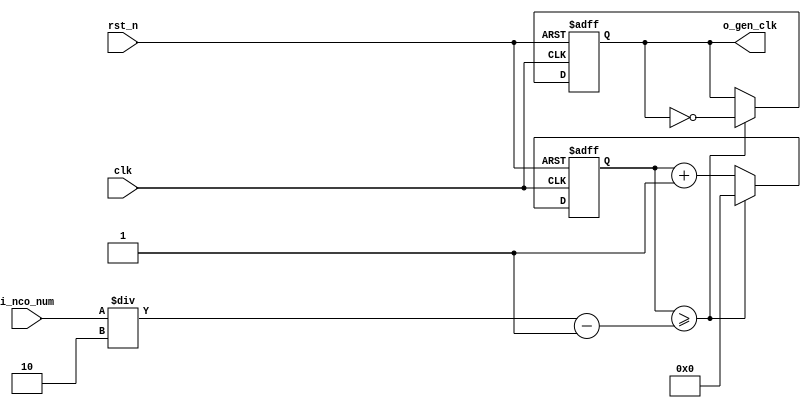
//	==================================================
//	Copyright (c) 2019 Sookmyung Women's University.
//	--------------------------------------------------
//	DEPARTMENT		: EE
//	--------------------------------------------------
//	RELEASE HISTORY
//	--------------------------------------------------
//	VERSION			DATE
//	0.0			2019-11-09
//	--------------------------------------------------
//	PURPOSE			: Digital Clock
//	==================================================

//	--------------------------------------------------
//	Numerical Controlled Oscillator
//	Hz of o_gen_clk = Clock Hz / num
//	--------------------------------------------------
module	nco(	
		o_gen_clk,
		i_nco_num,
		clk,
		rst_n);

output		o_gen_clk	;	// 1Hz CLK

input	[31:0]	i_nco_num	;
input		clk		;	// 50Mhz CLK
input		rst_n		;

reg	[31:0]	cnt		;
reg		o_gen_clk	;

always @(posedge clk or negedge rst_n) begin
	if(rst_n == 1'b0) begin
		cnt		<= 32'd0;
		o_gen_clk	<= 1'd0	;
	end else begin
		if(cnt >= i_nco_num/2-1) begin
			cnt 	<= 32'd0;
			o_gen_clk	<= ~o_gen_clk;
		end else begin
			cnt <= cnt + 1'b1;
		end
	end
end

endmodule

//	--------------------------------------------------
//	Flexible Numerical Display Decoder
//	--------------------------------------------------
module	fnd_dec(
		o_seg,
		i_num);

output	[6:0]	o_seg		;	// {o_seg_a, o_seg_b, ... , o_seg_g}

input	[3:0]	i_num		;
reg	[6:0]	o_seg		;
//making
always @(i_num) begin 
 	case(i_num) 
 		4'd0 : o_seg = 7'b111_1110	; 
 		4'd1 : o_seg = 7'b011_0000	; 
 		4'd2 : o_seg = 7'b110_1101	; 
 		4'd3 : o_seg = 7'b111_1001	; 
 		4'd4 : o_seg = 7'b011_0011	; 
 		4'd5 : o_seg = 7'b101_1011	; 
 		4'd6 : o_seg = 7'b101_1111	; 
 		4'd7 : o_seg = 7'b111_0000	; 
 		4'd8 : o_seg = 7'b111_1111	; 
 		4'd9 : o_seg = 7'b111_0011	; 
		default : o_seg = 7'b000_0000	; 
	endcase 
end


endmodule

//	--------------------------------------------------
//	0~59 --> 2 Separated Segments
//	--------------------------------------------------
module	double_fig_sep(
		o_left,
		o_right,
		i_double_fig);

output	[3:0]	o_left		;
output	[3:0]	o_right		;

input	[5:0]	i_double_fig	;

assign		o_left	= i_double_fig / 10	;
assign		o_right	= i_double_fig % 10	;

endmodule

//	--------------------------------------------------
//	0~59 --> 2 Separated Segments
//	--------------------------------------------------
module	led_disp(
		o_seg,
		o_seg_dp,
		o_seg_enb,
		i_six_digit_seg,
		i_six_dp,
		clk,
		rst_n);

output	[5:0]	o_seg_enb		;
output		o_seg_dp		;
output	[6:0]	o_seg			;

input	[41:0]	i_six_digit_seg		;
input	[5:0]	i_six_dp		;
input		clk			;
input		rst_n			;

wire		gen_clk		;

nco		u_nco(
		.o_gen_clk	( gen_clk	),
		.i_nco_num	( 32'd5000	),
		.clk		( clk		),
		.rst_n		( rst_n		));


reg	[3:0]	cnt_common_node	;

always @(posedge gen_clk or negedge rst_n) begin
	if(rst_n == 1'b0) begin
		cnt_common_node <= 4'd0;
	end else begin
		if(cnt_common_node >= 4'd5) begin
			cnt_common_node <= 4'd0;
		end else begin
			cnt_common_node <= cnt_common_node + 1'b1;
		end
	end
end

reg	[5:0]	o_seg_enb		;

always @(cnt_common_node) begin
	case (cnt_common_node)
		4'd0 : o_seg_enb = 6'b111110;
		4'd1 : o_seg_enb = 6'b111101;
		4'd2 : o_seg_enb = 6'b111011;
		4'd3 : o_seg_enb = 6'b110111;
		4'd4 : o_seg_enb = 6'b101111;
		4'd5 : o_seg_enb = 6'b011111;
	endcase
end

reg		o_seg_dp		;

always @(cnt_common_node) begin
	case (cnt_common_node)
		4'd0 : o_seg_dp = i_six_dp[0];
		4'd1 : o_seg_dp = i_six_dp[1];
		4'd2 : o_seg_dp = i_six_dp[2];
		4'd3 : o_seg_dp = i_six_dp[3];
		4'd4 : o_seg_dp = i_six_dp[4];
		4'd5 : o_seg_dp = i_six_dp[5];
	endcase
end

reg	[6:0]	o_seg			;

always @(cnt_common_node) begin
	case (cnt_common_node)
		4'd0 : o_seg = i_six_digit_seg[6:0];
		4'd1 : o_seg = i_six_digit_seg[13:7];
		4'd2 : o_seg = i_six_digit_seg[20:14];
		4'd3 : o_seg = i_six_digit_seg[27:21];
		4'd4 : o_seg = i_six_digit_seg[34:28];
		4'd5 : o_seg = i_six_digit_seg[41:35];
	endcase
end

endmodule

//	--------------------------------------------------
//	HMS(Hour:Min:Sec) Counter
//	--------------------------------------------------
module	hms_cnt(
		o_hms_cnt,
		o_max_hit,
		i_max_cnt,
		clk,
		rst_n);

output	[5:0]	o_hms_cnt		;
output		o_max_hit		;

input	[5:0]	i_max_cnt		;
input		clk			;
input		rst_n			;

reg	[5:0]	o_hms_cnt		;
reg		o_max_hit		;
always @(posedge clk or negedge rst_n) begin
	if(rst_n == 1'b0) begin
		o_hms_cnt <= 6'd0;
		o_max_hit <= 1'b0;
	end else begin
		if(o_hms_cnt >= i_max_cnt) begin
			o_hms_cnt <= 6'd0;
			o_max_hit <= 1'b1;
		end else begin
			o_hms_cnt <= o_hms_cnt + 1'b1;
			o_max_hit <= 1'b0;
		end
	end
end

endmodule

module  debounce(
		o_sw,
		i_sw,
		clk);
output		o_sw			;

input		i_sw			;
input		clk			;

reg		dly1_sw			;
always @(posedge clk) begin
	dly1_sw <= i_sw;
end

reg		dly2_sw			;
always @(posedge clk) begin
	dly2_sw <= dly1_sw;
end

assign		o_sw = dly1_sw | ~dly2_sw;

endmodule

//	--------------------------------------------------
//	Clock Controller
//	--------------------------------------------------
module	controller(
		o_mode,
		o_position,
		o_sec_clk,
		o_min_clk,
		i_max_hit_sec,
		i_max_hit_min,
		i_sw0,
		i_sw1,
		i_sw2,
		clk,
		rst_n);

output		o_mode			;
output		o_position		;
output		o_sec_clk		;
output		o_min_clk		;

input		i_max_hit_sec		;
input		i_max_hit_min		;

input		i_sw0			;
input		i_sw1			;
input		i_sw2			;

input		clk			;
input		rst_n			;

parameter	MODE_CLOCK = 1'b0	;
parameter	MODE_SETUP = 1'b1	;

parameter	POS_SEC	= 1'b0		;
parameter	POS_MIN	= 1'b1		;

wire		clk_100hz		;
nco		u0_nco(
		.o_gen_clk	( clk_100hz	),
		.i_nco_num	( 32'd500000	),
		.clk		( clk		),
		.rst_n		( rst_n		));

wire		sw0			;
debounce	u0_debounce(
		.o_sw		( sw0		),
		.i_sw		( i_sw0		),
		.clk		( clk_100hz	));

wire		sw1			;
debounce	u1_debounce(
		.o_sw		( sw1		),
		.i_sw		( i_sw1		),
		.clk		( clk_100hz	));

wire		sw2			;
debounce	u2_debounce(
		.o_sw		( sw2		),
		.i_sw		( i_sw2		),
		.clk		( clk_100hz	));

reg		o_mode			;
always @(posedge sw0 or negedge rst_n) begin //
	if(rst_n == 1'b0) begin
		o_mode <= MODE_CLOCK;
	end else begin
		o_mode <= o_mode + 1'b1;
	end
end

reg		o_position		;
always @(posedge sw1 or negedge rst_n) begin//
	if(rst_n == 1'b0) begin
		o_position <= POS_SEC;
	end else begin
		o_position <= o_position + 1'b1;
	end
end

wire		clk_1hz			;
nco		u1_nco(
		.o_gen_clk	( clk_1hz	),
		.i_nco_num	( 32'd50000000	),
		.clk		( clk		),
		.rst_n		( rst_n		));

reg		o_sec_clk		;
reg		o_min_clk		;
always @(*) begin
	case(o_mode)
		MODE_CLOCK : begin
			o_sec_clk = clk_1hz;
			o_min_clk = i_max_hit_sec;
		end
		MODE_SETUP : begin
			case(o_position)
				POS_SEC : begin
					o_sec_clk = sw2;//
					o_min_clk = 1'b0;
				end
				POS_MIN : begin
					o_sec_clk = 1'b0;
					o_min_clk = sw2;//
				end
			endcase
		end
	endcase
end

endmodule

//	--------------------------------------------------
//	HMS(Hour:Min:Sec) Counter
//	--------------------------------------------------
module	minsec(	o_sec,
		o_min,
		o_max_hit_sec,
		o_max_hit_min,
		i_sec_clk,
		i_min_clk,
		clk,
		rst_n);

output	[5:0]	o_sec		;
output	[5:0]	o_min		;
output		o_max_hit_sec	;
output		o_max_hit_min	;

input		i_sec_clk	;
input		i_min_clk	;

input		clk		;
input		rst_n		;

hms_cnt		u0_hms_cnt(
		.o_hms_cnt	( o_sec		),
		.o_max_hit	( o_max_hit_sec	),
		.i_max_cnt	( 6'd59		),
		.clk		( i_sec_clk	),
		.rst_n		( rst_n		));

hms_cnt		u1_hms_cnt(
		.o_hms_cnt	( o_min		),
		.o_max_hit	( o_max_hit_min	),
		.i_max_cnt	( 6'd59		),
		.clk		( i_min_clk	),
		.rst_n		( rst_n		));

endmodule

module	top_hms_clock(
		o_seg_enb,
		o_seg_dp,
		o_seg,
		i_sw0,
		i_sw1,
		i_sw2,
		clk,
		rst_n);

output	[5:0]	o_seg_enb	;
output		o_seg_dp	;
output	[6:0]	o_seg		;

input		i_sw0		;
input		i_sw1		;
input		i_sw2		;
input		clk		  ;
input		rst_n	 ;

wire   min_clk ;
wire   sec_clk ;
wire   max_hit_sec ;
wire   max_hit_min ;

wire  [5:0]double_fig0 ;
wire  [5:0]double_fig1 ;

wire  [3:0]num0 ;
wire  [3:0]num1 ;
wire  [3:0]num2 ;
wire  [3:0]num3 ;

wire  [5:0]o_sec ;
wire  [5:0]o_min ;

wire  [3:0]o_left0 ;
wire  [3:0]o_left1 ;
wire  [3:0]o_right0;
wire  [3:0]o_right1;



controller  u_controller( .o_mode(),
		                      .o_position(),
		                      .o_sec_clk(sec_clk),
		                      .o_min_clk(min_clk),
		                      .i_max_hit_sec(max_hit_sec),
		                      .i_max_hit_min(max_hit_min),
		                      .i_sw0(i_sw0),
		                      .i_sw1(i_sw1),
		                      .i_sw2(i_sw2),
		                      .clk(clk),
		                      .rst_n(rst_n));
		                     
		                     
minsec   u_minsec(	.o_sec(double_fig0), 
		               .o_min(double_fig1), 
		               .o_max_hit_sec(max_hit_sec),
		               .o_max_hit_min(max_hit_min),
		               .i_sec_clk(sec_clk),
		               .i_min_clk(min_clk),
		               .clk(clk),
		               .rst_n(rst_n));
		    
double_fig_sep u_double_fig_sep_0( .o_left(num0),
		                               .o_right(num1),
		                               .i_double_fig(double_fig0));

double_fig_sep u_double_fig_sep_1( .o_left(num2),
		                               .o_right(num3),
		                               .i_double_fig(double_fig1));
wire  [6:0] seg_sec_left;
wire  [6:0] seg_sec_right;
wire  [6:0] seg_min_left;
wire  [6:0] seg_min_right;

wire  [41:0] six_digit_seg;
assign six_digit_seg = { {2{7'b0000000}}, seg_min_left, seg_min_right, seg_sec_left, seg_sec_right} ; 



fnd_dec   u_fnd_dec_0( .o_seg(seg_sec_left),
		                   .i_num(num0));      
		                
fnd_dec   u_fnd_dec_1( .o_seg(seg_sec_right),
		                   .i_num(num1));
		                
fnd_dec   u_fnd_dec_2( .o_seg(seg_min_left),
		                   .i_num(num2));
		         
fnd_dec   u_fnd_dec_3( .o_seg(seg_min_right),
		                   .i_num(num3));



led_disp  u_led_disp( .o_seg(o_seg),
		                  .o_seg_dp(o_seg_dp),
		                  .o_seg_enb(o_seg_enb),
		                  .i_six_digit_seg(six_digit_seg),
		                  .i_six_dp(6'h0),
		                  .clk(clk),
		                  .rst_n(rst_n));
		       
		
		                             		               

endmodule